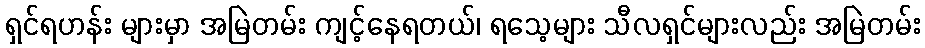
ရှင်ရဟန်း များမှာ အမြဲတမ်း ကျင့်နေရတယ်၊ ရသေ့များ သီလရှင်များလည်း အမြဲတမ်း